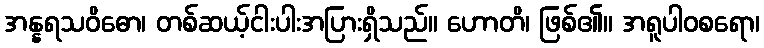
အန္နရသဝိဓော၊ တစ်ဆယ့်ငါးပါးအပြားရှိသည်။ ဟောတိ၊ ဖြစ်၏။ အရူပါဝစရော၊